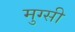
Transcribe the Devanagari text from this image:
मुग्सी